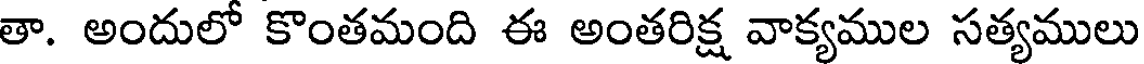
తా. అందులో కొంతమంది ఈ అంతరిక్ష వాక్యముల సత్యములు